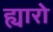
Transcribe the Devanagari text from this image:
ह्यारो